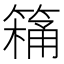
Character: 𮅸